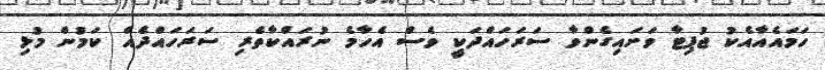
ހަމައެއާއެކު ޖުޕިޓާ ވަށައިގެންވާ ސަރަހައްދަކީ ވެސް އެހާމެ ނުރައްކާތެރި ސަރަހައްދެއް ކަމުން މުޅި